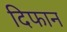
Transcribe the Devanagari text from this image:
दिफान